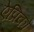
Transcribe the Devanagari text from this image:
ऐप्रिको